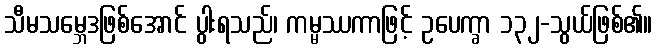
သီမသမ္ဘေဒဖြစ်အောင် ပွါးရသည်၊ ကမ္မဿကာဖြင့် ဥပေက္ခာ ၁၃၂-သွယ်ဖြစ်၏။